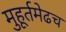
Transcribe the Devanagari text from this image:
मुहूर्तमेढच